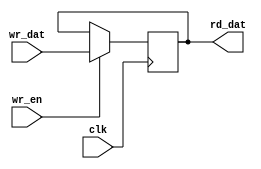
module unit_reg(clk, wr_en, wr_dat, rd_dat);
input clk, wr_en;
input [15:0] wr_dat;
output reg [15:0] rd_dat;

always @(posedge clk) begin
	if(wr_en) begin
		rd_dat = wr_dat;
	end
end
endmodule